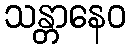
သန္တာနေဝ